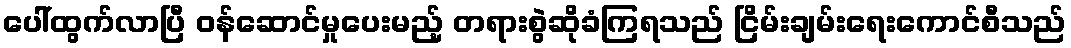
ပေါ်ထွက်လာပြီ ဝန်ဆောင်မှုပေးမည့် တရားစွဲဆိုခံကြရသည် ငြိမ်းချမ်းရေးကောင်စီသည်